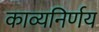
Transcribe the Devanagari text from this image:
काव्यनिर्णय